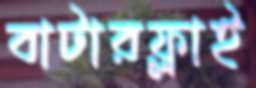
বাটারফ্লাই